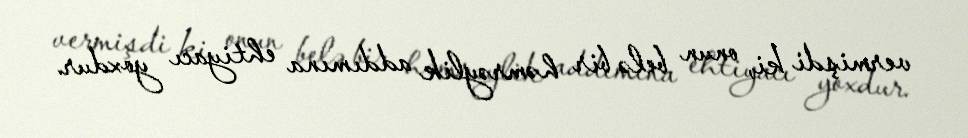
vermişdi ki, onun belə bir həmrəylik addımına ehtiyacı yoxdur.